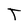
Character: T